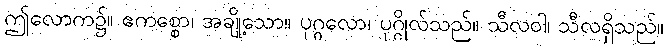
ဤလောက၌။ ဧကစ္စော၊ အချို့သော။ ပုဂ္ဂလော၊ ပုဂ္ဂိုလ်သည်။ သီလဝါ၊ သီလရှိသည်။